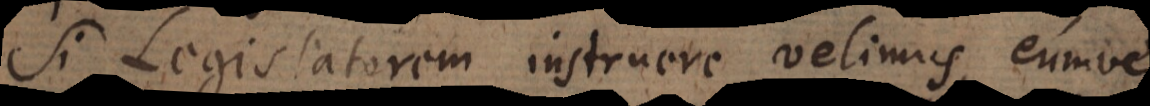
Si Legislatorem instruere velimus, eumve